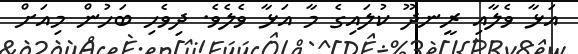
އަޅާ ވެލާއި ރީނދޫ ކުލައިގެ މާ އަޅާ ވެލެވެ. ދިވެހި ބަހުން މިއަށް